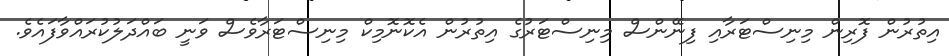
އިތުރުން ފޮރިން މިނިސްޓަރާއި ފިނޭންސް މިނިސްޓަރުގެ އިތުރުން އެކޮނޮމިކް މިނިސްޓަރާވެސް ވަނީ ބައްދަލުކުރައްވާފައެވެ.